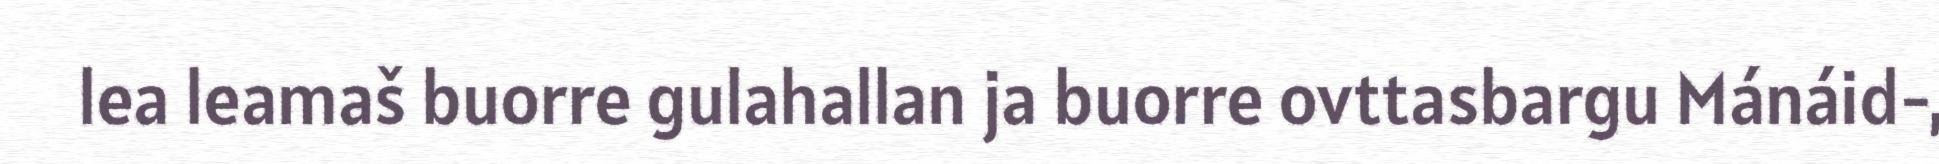
lea leamaš buorre gulahallan ja buorre ovttasbargu Mánáid-,